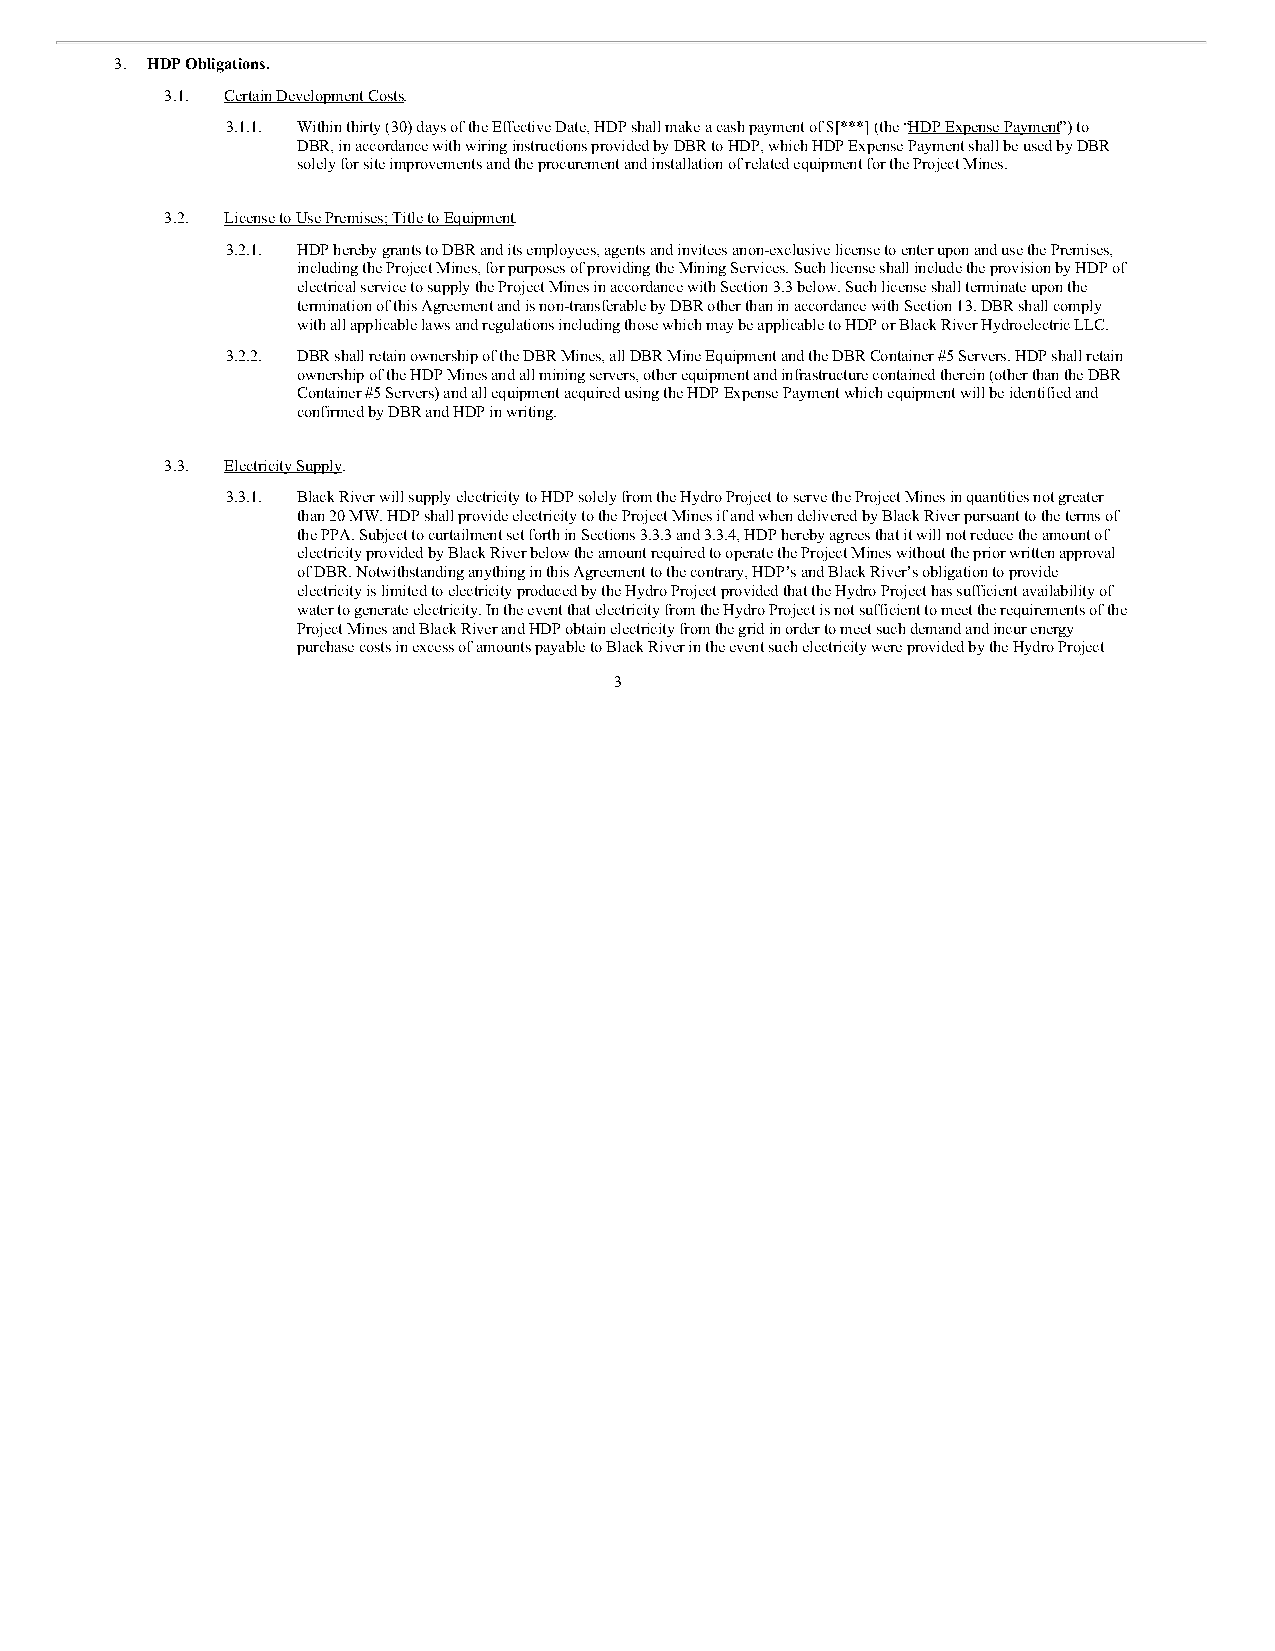
3. HDP Obligations.
 3.1. Certain Development Costs.
 3.1.1. Within thirty (30) days of the Effective Date, HDP shall make a cash payment of $[***] (the “HDP Expense Payment”) to
 DBR, in accordance with wiring instructions provided by DBR to HDP, which HDP Expense Payment shall be used by DBR
 solely for site improvements and the procurement and installation of related equipment for the Project Mines.
 3.2. License to Use Premises; Title to Equipment.
 3.2.1. HDP hereby grants to DBR and its employees, agents and invitees a non-exclusive license to enter upon and use the Premises,
 including the Project Mines, for purposes of providing the Mining Services. Such license shall include the provision by HDP of
 electrical service to supply the Project Mines in accordance with Section 3.3 below. Such license shall terminate upon the
 termination of this Agreement and is non-transferable by DBR other than in accordance with Section 13. DBR shall comply
 with all applicable laws and regulations including those which may be applicable to HDP or Black River Hydroelectric LLC.
 3.2.2. DBR shall retain ownership of the DBR Mines, all DBR Mine Equipment and the DBR Container #5 Servers. HDP shall retain
 ownership of the HDP Mines and all mining servers, other equipment and infrastructure contained therein (other than the DBR
 Container #5 Servers) and all equipment acquired using the HDP Expense Payment which equipment will be identified and
 confirmed by DBR and HDP in writing.
 3.3. Electricity Supply.
 3.3.1. Black River will supply electricity to HDP solely from the Hydro Project to serve the Project Mines in quantities not greater
 than 20 MW. HDP shall provide electricity to the Project Mines if and when delivered by Black River pursuant to the terms of
 the PPA. Subject to curtailment set forth in Sections 3.3.3 and 3.3.4, HDP hereby agrees that it will not reduce the amount of
 electricity provided by Black River below the amount required to operate the Project Mines without the prior written approval
 of DBR. Notwithstanding anything in this Agreement to the contrary, HDP’s and Black River’s obligation to provide
 electricity is limited to electricity produced by the Hydro Project provided that the Hydro Project has sufficient availability of
 water to generate electricity. In the event that electricity from the Hydro Project is not sufficient to meet the requirements of the
 Project Mines and Black River and HDP obtain electricity from the grid in order to meet such demand and incur energy
 purchase costs in excess of amounts payable to Black River in the event such electricity were provided by the Hydro Project
 3